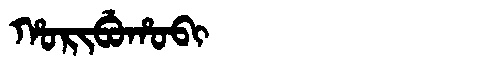
Manchu: ᡥᠣᡵᡳᠪᡠᡥᠣᠪᡳ
Romanization: HORIBUHOBI